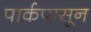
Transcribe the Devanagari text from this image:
पार्कपासून